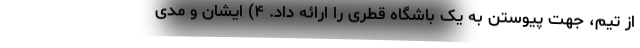
از تیم، جهت پیوستن به یک باشگاه قطری را ارائه داد. ۴) ایشان و مدی